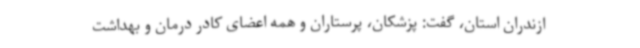
ازندران استان، گفت: پزشکان، پرستاران و همه اعضای کادر درمان و بهداشت